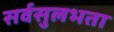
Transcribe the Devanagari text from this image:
सर्वसुलभता